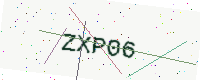
Text: ZXP06